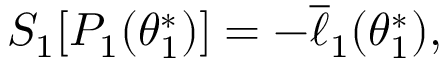
S _ { 1 } [ P _ { 1 } ( { \theta _ { 1 } ^ { * } } ) ] = - \overline { { \ell } } _ { 1 } ( \theta _ { 1 } ^ { * } ) ,